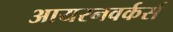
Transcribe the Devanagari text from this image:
आयरनवर्कर्स